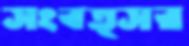
সংবত্সর